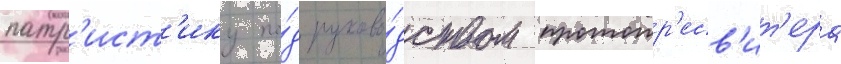
патр'ист'ику по́д руково́дством протопр'есв'ит'ера